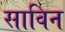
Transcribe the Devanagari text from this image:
साविन